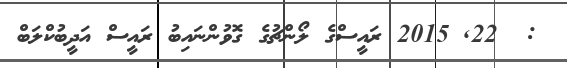
:  22